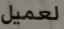
لعميل